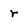
Character: r